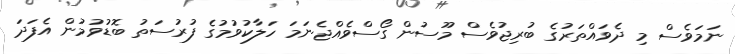
ނަމަވެސް މި ދެވައްތަރުގެ ބުރިޖުވެސް މޫސުން ގޯސްވެއްޖެނަމަ ހަލާކުވުމުގެ ފުރުސަތު ބޮޑުވުމުން އެފަދަ